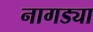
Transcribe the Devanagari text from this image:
नागड्या